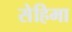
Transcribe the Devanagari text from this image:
सेहिमा